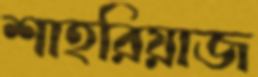
শাহরিয়াজ